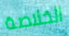
الخلاصة